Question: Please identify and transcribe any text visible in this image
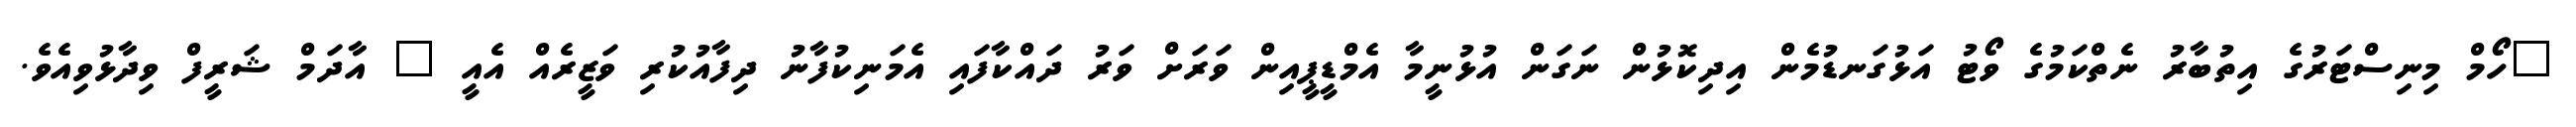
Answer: "ހޯމް މިނިސްޓަރުގެ އިތުބާރު ނެތްކަމުގެ ވޯޓު އަޅުގަނޑުމެން އިދިކޮޅުން ނަގަން އުޅުނީމާ އެމްޑީޕީއިން ވަރަށް ވަރު ދައްކާފައި އެމަނިކުފާނު ދިފާއުކުރި ވަޒީރެއް އެއީ " އާދަމް ޝަރީފް ވިދާޅުވިއެވެ.